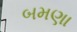
બમણા